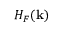
H _ { F } ( { \bf k } )